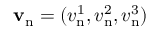
{ \bf v } _ { \mathrm { n } } = ( v _ { \mathrm { n } } ^ { 1 } , v _ { \mathrm { n } } ^ { 2 } , v _ { \mathrm { n } } ^ { 3 } )